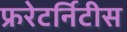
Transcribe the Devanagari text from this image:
फ्ररेटर्निटीस